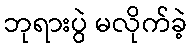
ဘုရားပွဲ မလိုက်ခဲ့